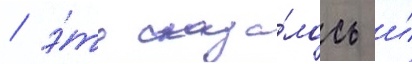
/ э́то сказа́лось и́